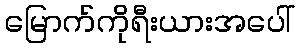
မြောက်ကိုရီးယားအပေါ်